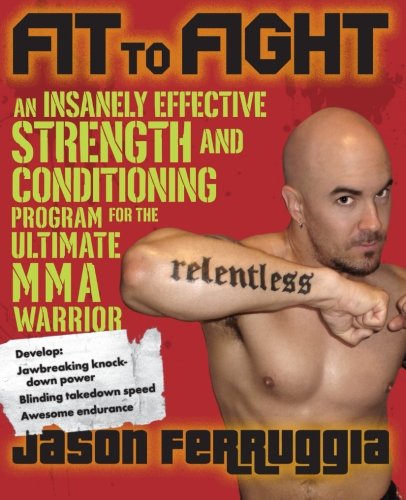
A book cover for Fit to Fight: An Insanely Effective Strength and Conditioning Program for the Ultimate MMA Warrior; Jason Ferruggia; Sports & Outdoors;